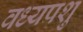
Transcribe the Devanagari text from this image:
वध्यपशु